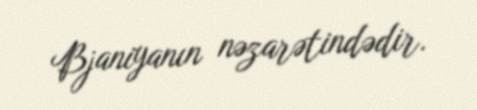
Bjaniyanın nəzarətindədir.